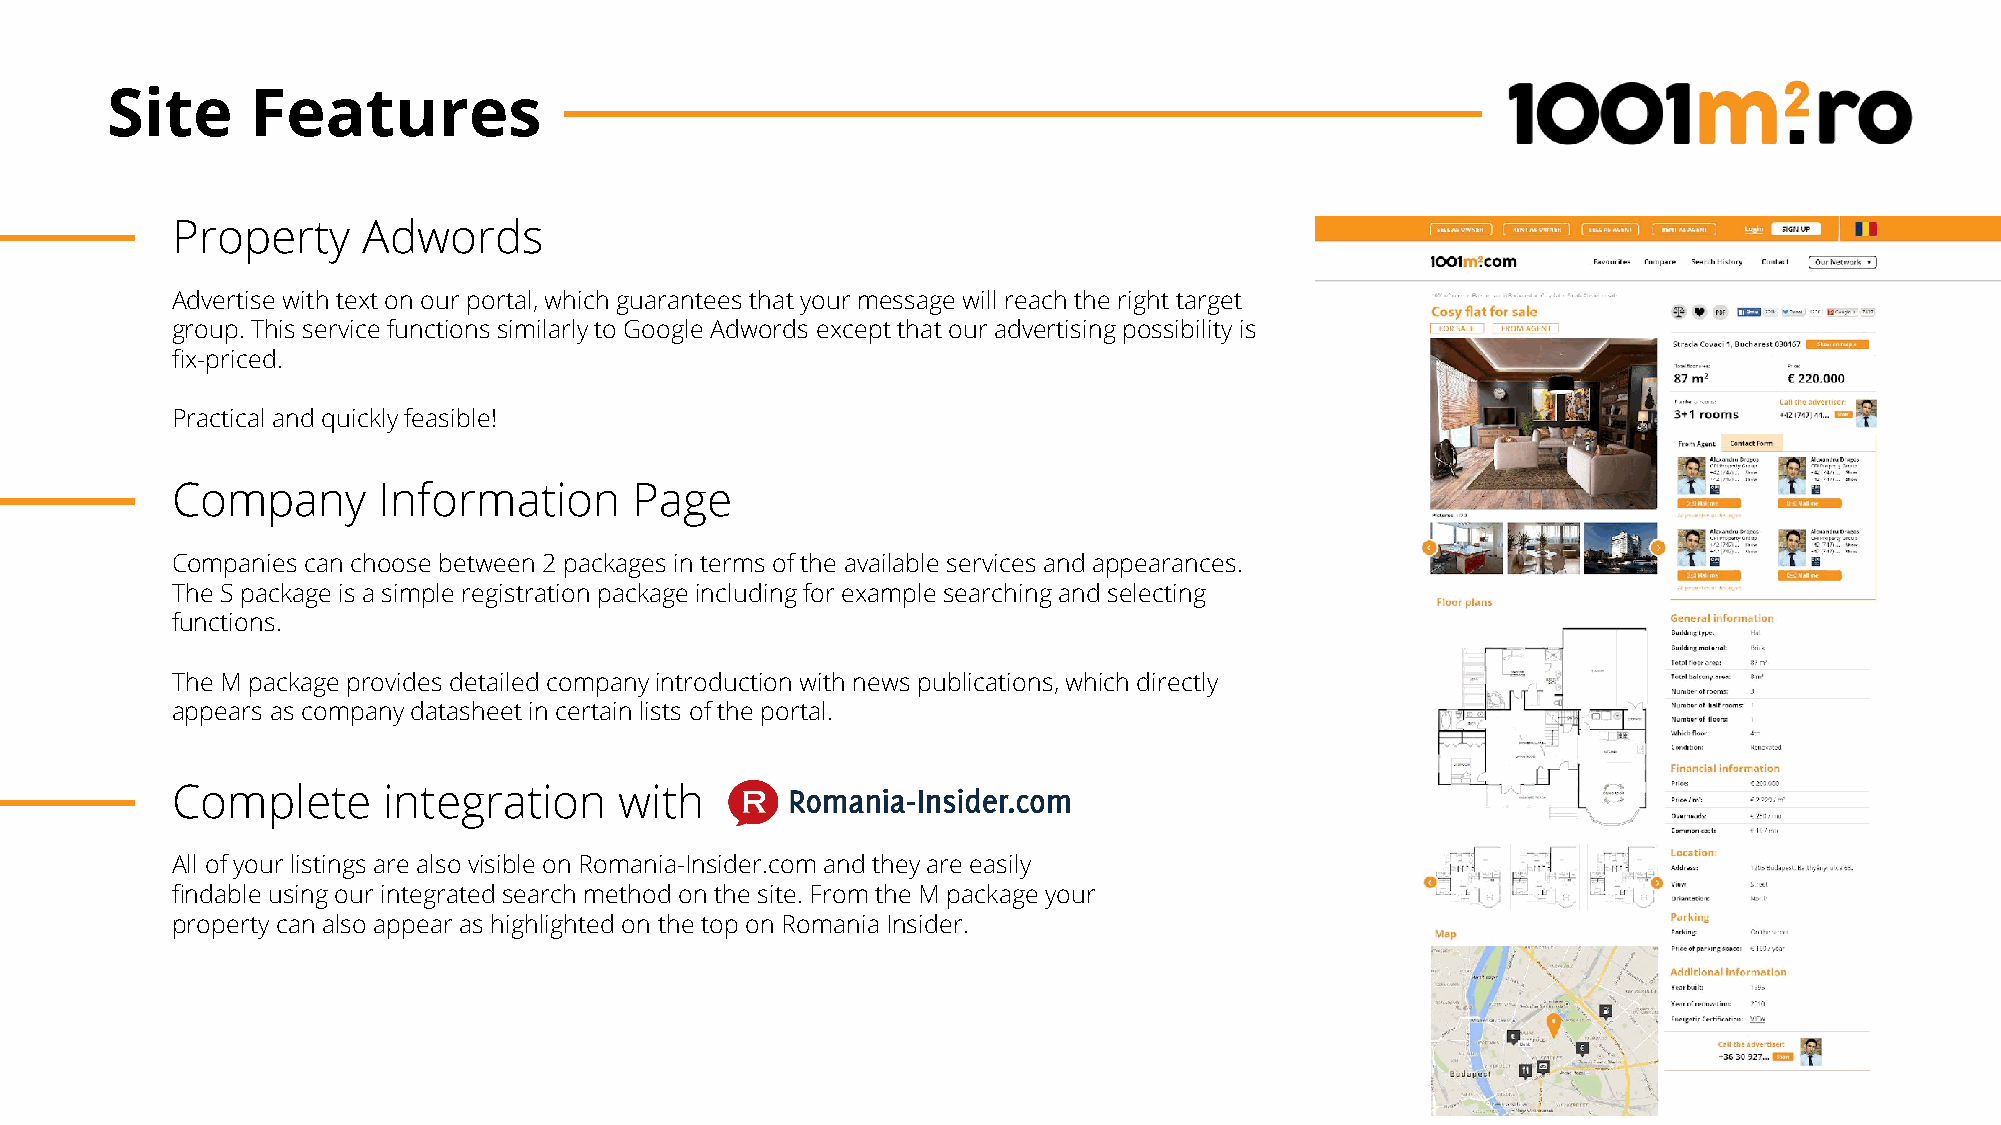
Site      Features
 Property     Adwords
 Advertise with text on our portal, which guarantees that your message will reach the right target
 group. This service functions similarly to Google Adwords except that our advertising possibility is
 fix-priced.
 Practical and quickly feasible!
 Company       Information      Page
 Companies can choose between 2 packages in terms of the available services and appearances.
 The S package is a simple registration package including for example searching and selecting
 functions.
 The M package provides detailed company introduction with news publications, which directly
 appears as company datasheet in certain lists of the portal.
 Complete      integration     with
 All of your listings are also visible on Romania-Insider.com and they are easily
 findable using our integrated search method on the site. From the M package your
 property can also appear as highlighted on the top on Romania Insider.